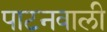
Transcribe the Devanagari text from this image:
पाटनवाली